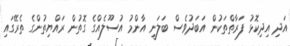
އަދި އިދިކޮޅު ފަރާތްތަކުން އަބަދުވެސް ބަލަނީ އާންމު އުސޫލެއްގެ ގޮތުން ރައްޔިތުންގެ ތެރޭގައި